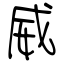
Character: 威